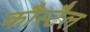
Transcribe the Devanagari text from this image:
कौस्टैल